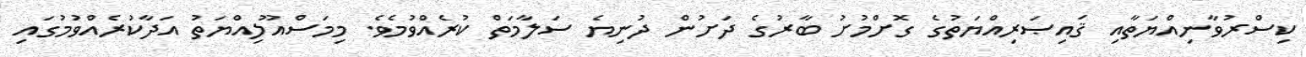
ކިސްރުވާނިއްޔަތާއި ޤައިޞަރިއްޔަތުގެ ގޮށްމުށު ބާރުގެ ދަށުން ދުނިޔެ ސަލާމަތް ކުރެއްވުމެވެ. މިމަސްއޫލިއްޔަތު އަދާކުރެއްވުމުގައި